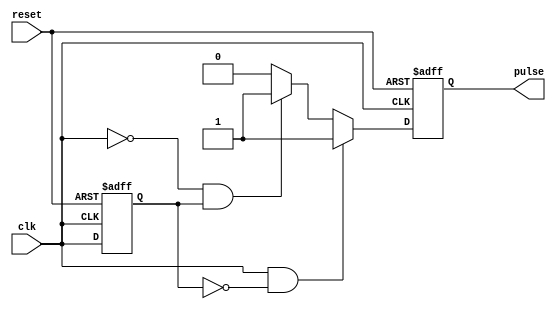
module pulse_edge_detector (
    input wire clk,        // Input signal to detect edges
    input wire reset,      // Asynchronous reset signal
    output reg pulse       // Pulse output indicating edge detection
);

    reg previous_state;    // Memory block to hold previous state of the input signal

    // Asynchronous reset and edge detection process
    always @(posedge clk or posedge reset) begin
        if (reset) begin
            previous_state <= 1'b0; // Initialize memory block to known state (low)
            pulse <= 1'b0;          // Initial pulse output state
        end else begin
            // Edge detection logic
            if (clk && !previous_state) begin
                // Rising edge detected
                pulse <= 1'b1; // Set pulse high for one cycle
            end else if (!clk && previous_state) begin
                // Falling edge detected
                pulse <= 1'b1; // Set pulse high for one cycle
            end else begin
                // No edge detected
                pulse <= 1'b0; // Clear pulse unless an edge is detected
            end

            // Update the previous state on every clock cycle
            previous_state <= clk; 
        end
    end

endmodule